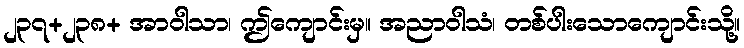
၂၃၇+၂၃၈+ အာဝါသာ၊ ဤကျောင်းမှ။ အညာဝါသံ၊ တစ်ပါးသောကျောင်းသို့။